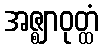
အဇ္ဈာဝုတ္ထံ